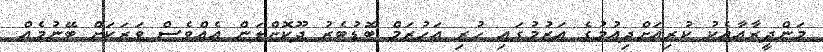
މަންދީރާއާއެކު ކުރިއަށްދިއުމުގެ އަޒުމުގައި ހުރި އަހުޒަމް ބޮޑުބެރު ދޫކޮށްލަން އެއްވެސް ވަރަަކަށް ބޭނުމެއް